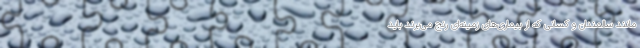
مانند سالمندان و کسانی که از بیماری‌های زمینه‌ای رنج می‌برند باید